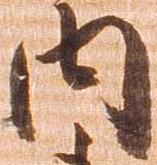
内